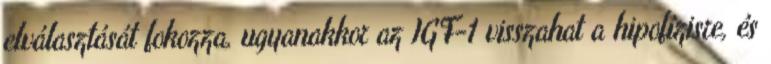
elválasztását fokozza, ugyanakkor az IGF-1 visszahat a hipofízisre, és